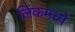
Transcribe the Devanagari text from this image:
लिंकमध्ये